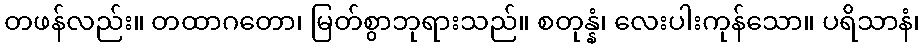
တဖန်လည်း။ တထာဂတော၊ မြတ်စွာဘုရားသည်။ စတုန္နံ၊ လေးပါးကုန်သော။ ပရိသာနံ၊